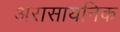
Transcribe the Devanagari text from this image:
अरासायनिक